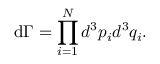
\mathrm { d } \Gamma = \displaystyle \prod _ { i = 1 } ^ { N } d ^ { 3 } p _ { i } d ^ { 3 } q _ { i } .